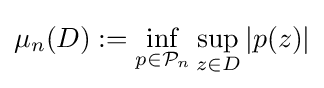
\mu _{n}(D):=\inf _{p\in {\mathcal {P}}_{n}}\sup _{z\in D}|p(z)|